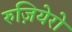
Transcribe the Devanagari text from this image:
रुज़ियेरो